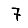
Digit: 7